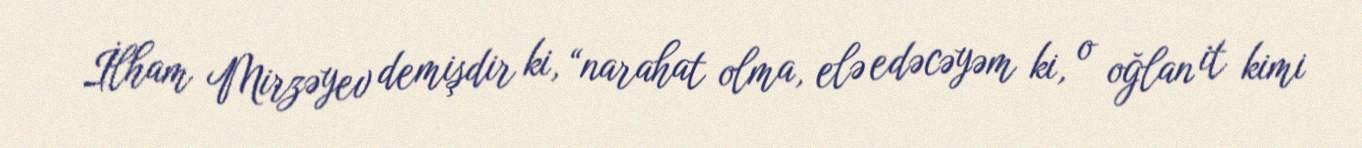
İlham Mirzəyev demişdir ki, “narahat olma, elə edəcəyəm ki, o oğlan it kimi